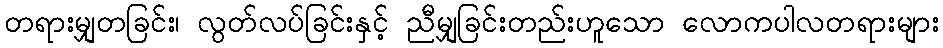
တရားမျှတခြင်း၊ လွတ်လပ်ခြင်းနှင့် ညီမျှခြင်းတည်းဟူသော လောကပါလတရားများ